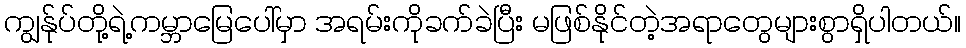
ကျွန်ုပ်တို့ရဲ့ကမ္ဘာမြေပေါ်မှာ အရမ်းကိုခက်ခဲပြီး မဖြစ်နိုင်တဲ့အရာတွေများစွာရှိပါတယ်။